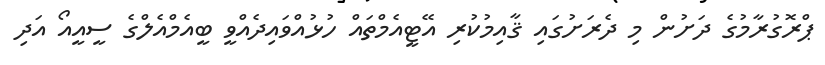
ޕްރޮގުރާމުގެ ދަށުން މި ދެރަށުގައި ޤާއިމުކުރި އޭޓީއެމްތައް ހުޅުއްވައިދެއްވީ ބީއެމްއެލްގެ ސީއީއޯ އަދި